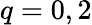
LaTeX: q=0,2